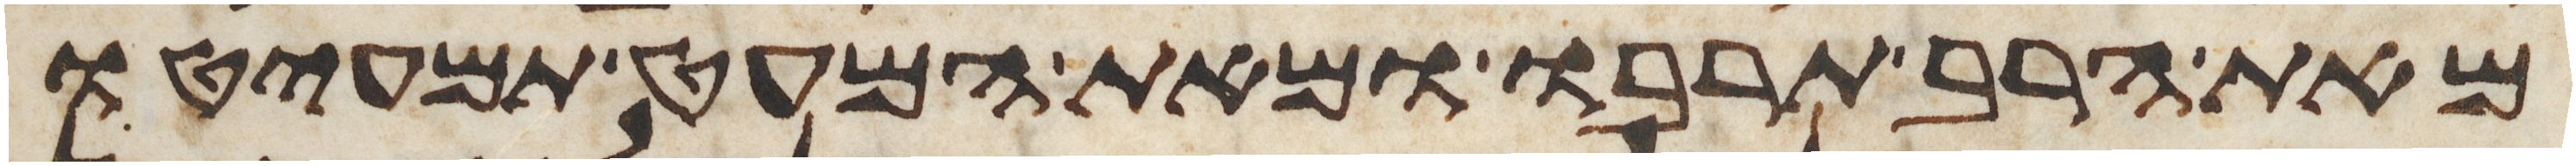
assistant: מאת הרב תרבו ומאת המעט תמעיטו